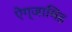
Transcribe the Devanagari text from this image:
ऐग्जामिंड